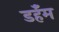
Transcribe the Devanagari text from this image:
डर्हॅम